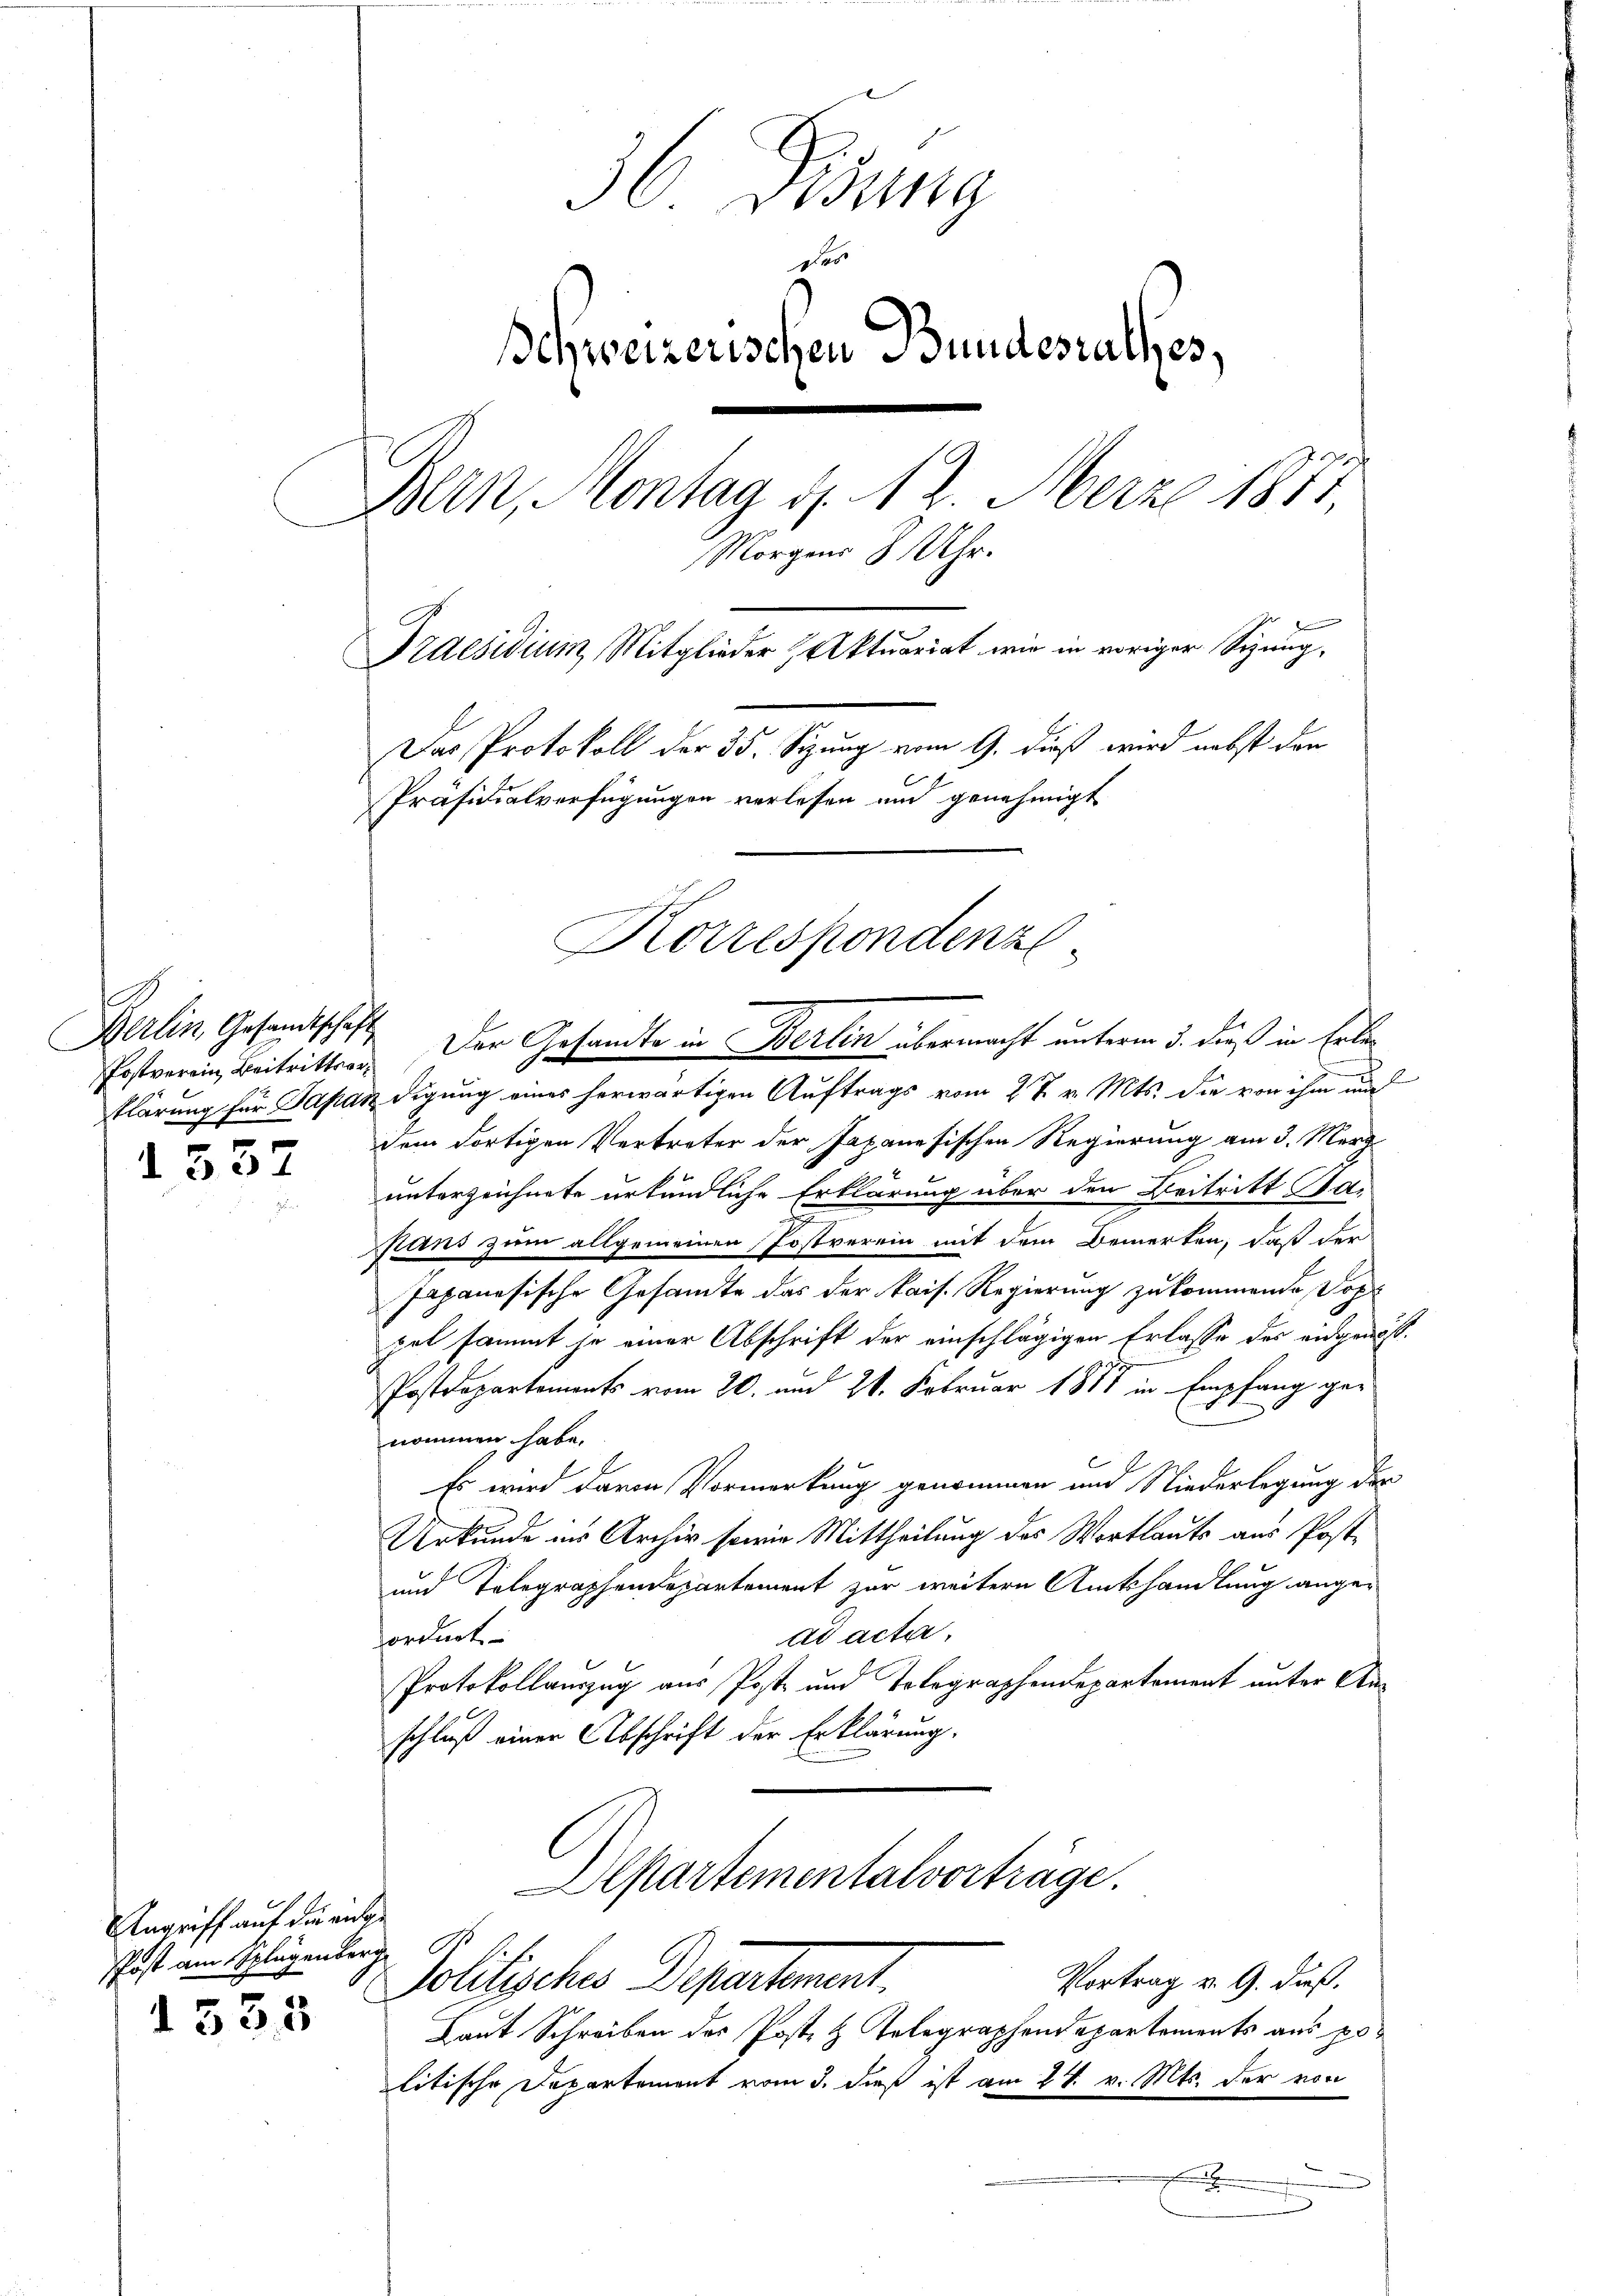
557

36. Lesung
des
Schweizerischen Bundesrathes,
Bern, Montag d. 12. Merz 1871.
Morgens 8 Uhr.
Praesidium, Mitglieder Aktuariat wir in voriger Sitzung,
Das Protokoll der 35. Sizung vom 9. dieß wird nebst den
Präsidialverfügungen verlesen und genehmigt

e
Berlin Gesandtschaft
u

Angriff auf die ande
Post am Splügenberg
d 535

klärung für Japan digung eines herwärtigen Auftrags vom 2 t v. Mts. die von ihm und
dem dortigen Vertreter der Japanesischen Regierung am 3. März
unterzeichnete urkundliche Erklärung über den Beitritt alpans zum allgemeinen Postverein mit dem Bemerken, daß der
Japanesische Gesandte das der kais. Regierung zukommende Doppet sammt ja einer Abschrift der einschlägigen Erlasse des eidgenös¬
Postdepartements vom 20. und 21. Februar 1877 in Empfang genommen habe.
Es wird darin Vormerkung genommen und Niederlegung der
Urkunde in Archiv sowie Mittheilung des Wortlauts aus Post-
und Telegraphendepartement zur weitern Amtshandlung ange-
ad acta.
ordnet
Protokollauszug aus Poste und Telegraphendepartement unter Anschluß einer Abschrift der Erklärung.
Alpartementalvorträge.

Korrespondenzl

Postverein Beitritt. Der Gesandte in Berlin übermacht unterm 3. dieß in Erle¬

Laut Schreiben des Poste & Telegraphendepartements aus politische Departement vom 3. dieß ist am 24. v. Mts. der von
x
.

Vortrag v. 9. dieß.
Politisches Departement.